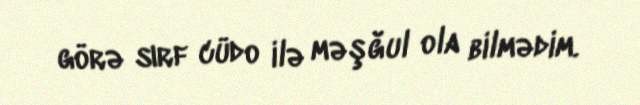
görə sırf cüdo ilə məşğul ola bilmədim.